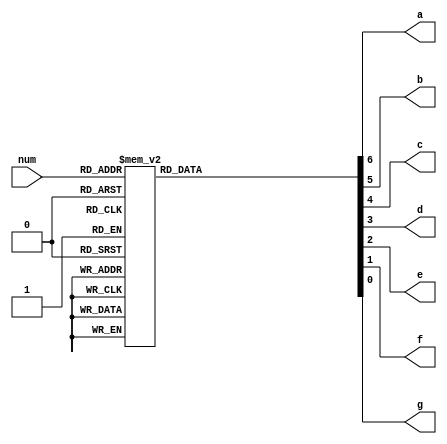
`timescale 1ns / 1ps
//////////////////////////////////////////////////////////////////////////////////
// Company: 
// Engineer: 
// 
// Design Name: 
// Module Name: sevenseg
// Project Name: 
// Target Devices: 
// Tool Versions: 
// Description: 
// 
// Dependencies: 
// 
// Revision:
// Revision 0.01 - File Created
// Additional Comments:
// 
//////////////////////////////////////////////////////////////////////////////////


module sevenseg(
    input [3:0] num,
    output reg a,
    output reg b,
    output reg c,
    output reg d,
    output reg e,
    output reg f,
    output reg g
    );
    
    
    
    always@(a,b,c,d,e,f,g,num)
        begin   
            case(num)
            4'b0000:
                {a,b,c,d,e,f,g}=7'b0000001;
            4'b0001:
                {a,b,c,d,e,f,g}=7'b1111001;
            4'b0010:
                {a,b,c,d,e,f,g}=7'b0010010;
            4'b0011:
                {a,b,c,d,e,f,g}=7'b0000110;
            4'b0100:
                {a,b,c,d,e,f,g}=7'b1001100;
            4'b0101:
                {a,b,c,d,e,f,g}=7'b0100100;
            4'b0110:
                {a,b,c,d,e,f,g}=7'b0100000;
            4'b0111:
                {a,b,c,d,e,f,g}=7'b0001111;
            4'b1000:
                {a,b,c,d,e,f,g}=7'b0000000;
            4'b1001:
                {a,b,c,d,e,f,g}=7'b0001100;
            4'b1010:
                {a,b,c,d,e,f,g}=7'b0001000;
            4'b1011:
                {a,b,c,d,e,f,g}=7'b1100000;
            4'b1100:
                {a,b,c,d,e,f,g}=7'b0110001;
            4'b1101:
                {a,b,c,d,e,f,g}=7'b1000010;
            4'b1110:
                {a,b,c,d,e,f,g}=7'b0110000;
            4'b1111:
                {a,b,c,d,e,f,g}=7'b0111000;
                 
            endcase       
        end
endmodule